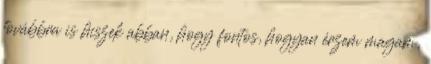
továbbra is hiszek abban, hogy fontos, hogyan érzem magam,